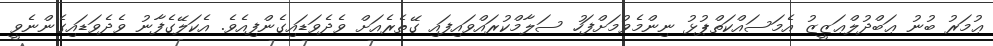
ޢުމަރު ބުނު ޢަބްދުލްޢަޒީޒު އެމަސައްކަތްޕުޅު ނިންމެވުމަށްފަހު ސަލާމްކުރައްވައިފައި ގޭތެރެއަށް ވެދެވަޑައިގެންފިއެވެ. އެކަލޭގެފާނު ވެދެވަޑައިގެންނެވީ